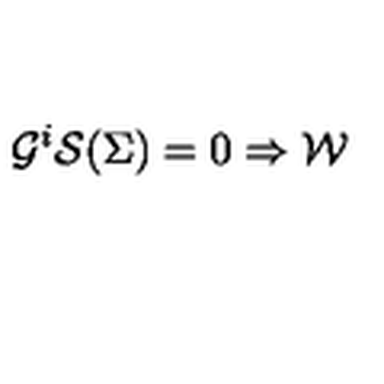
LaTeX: \mathcal { G } ^ { i } \mathcal { S } ( \Sigma ) = 0 \Rightarrow \mathcal { W }